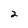
Character: 2